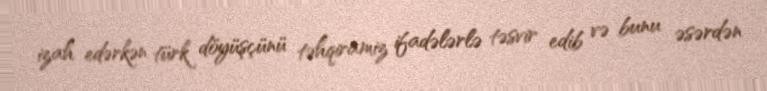
izah edərkən türk döyüşçünü təhqiramiz ifadələrlə təsvir edib və bunu əsərdən